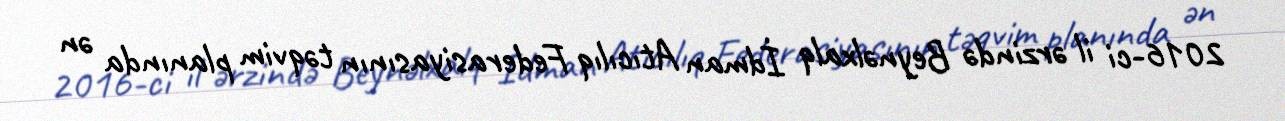
2016-ci il ərzində Beynəlxalq İdman Atıcılıq Federasiyasının təqvim planında ən